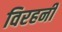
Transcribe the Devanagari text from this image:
विरहनी